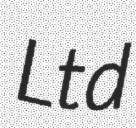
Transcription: Ltd